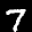
Label: 7